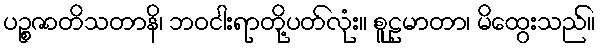
ပဉ္စဇာတိသတာနိ၊ ဘဝငါးရာတို့ပတ်လုံး။ စူဠမာတာ၊ မိထွေးသည်။